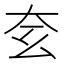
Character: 𡗰